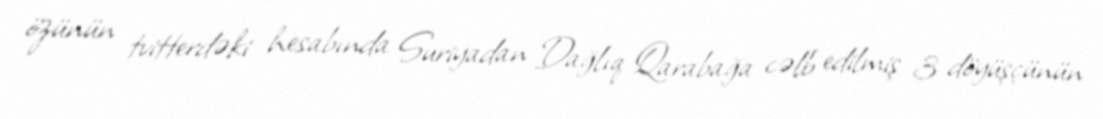
özünün tvitterdəki hesabında Suriyadan Dağlıq Qarabağa cəlb edilmiş 3 döyüşçünün